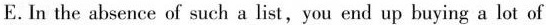
E. In the absence of such a list,you end up buying a lot of